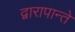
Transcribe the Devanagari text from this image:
द्वारापान्ते